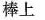
棒上